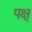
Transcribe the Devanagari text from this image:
पक्ष्